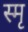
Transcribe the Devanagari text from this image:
स्मृ